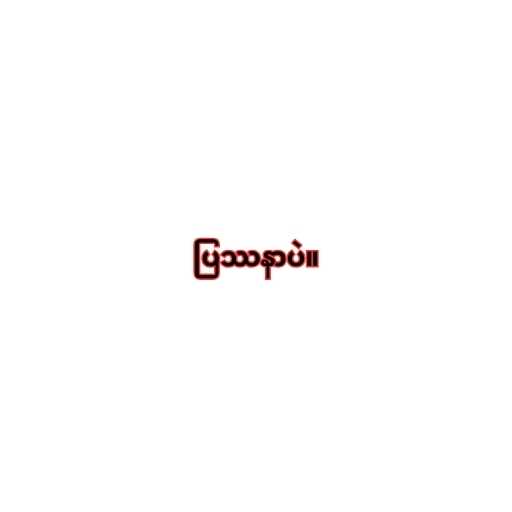
ပြဿနာပဲ။